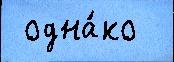
 одна́ко